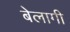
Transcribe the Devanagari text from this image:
बेलागी